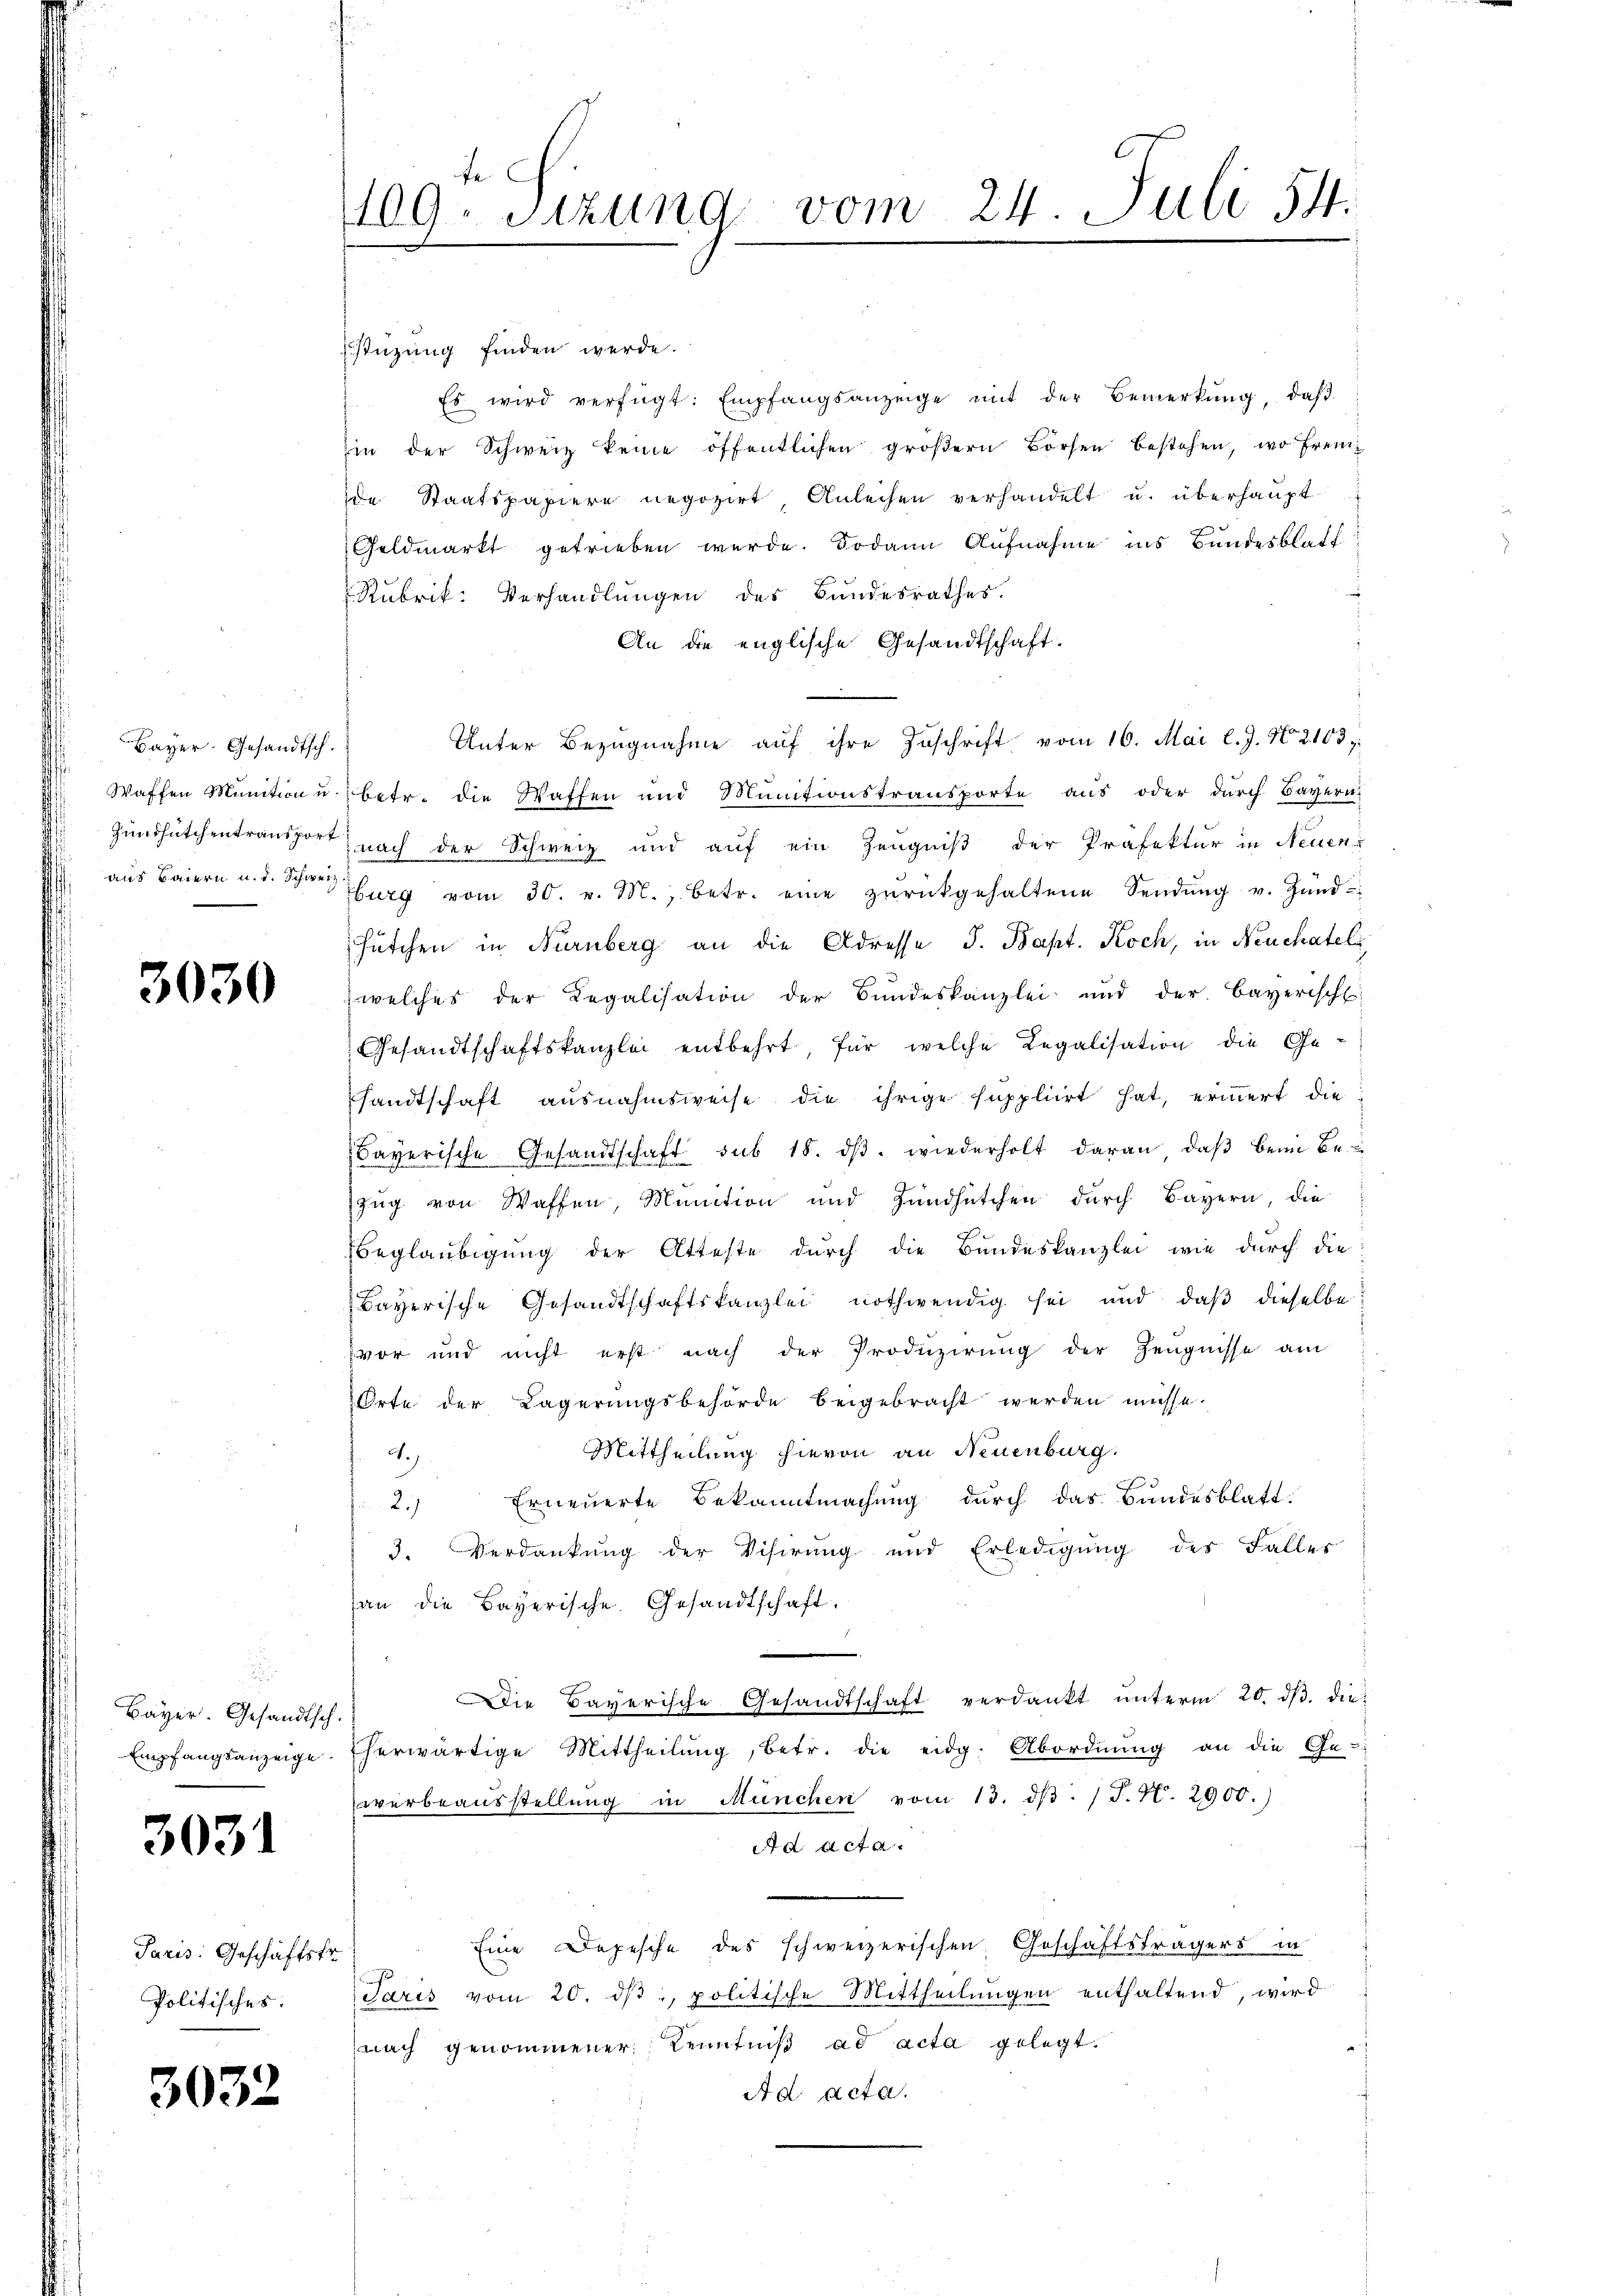
Bayer. Gesandtsch.
aus Baiern u. d. Schweiz.

3030

Bayer. Gesandtsch.

3031

Paris: Geschäftsfr.
Politisches:

3032

stüzung finden werde.
) Es wird verfügt: Empfangsanzeige mit der Bemerkŭng, daβ
in der Schweiz keine öffentlichen gröβern Börsen bestehen, wo Frem
de Staatspapiere negozirt, Anleihen verhandelt u. überhaupt
Geldmarkt getrieben werde. Sodann Aufnahme ins Bundesblatt
Rubrik. Verhandlungen des Bundesrathes.
An die englische Gesandtschaft.
Unter Bezugnahme auf ihre Zuschrift vom 16. Mai l. J. No. 2103.
Waffen Munition u. betr. die Waffen und Munitionstransporte aus oder dŭrch Bayern.
Zündhutchentraus nach der Schweiz und auf ein Zeugniß der Präfektur in Neuenburg vom 30. v. M., betr. eine zŭrückgehaltene Sendŭng v. Zŭnd-
Fütchen in Nürnberg an die Adresse J. Bapt. Koch, in Neuchateli
welches der Legalisation der Bundeskanzlei und der Bayerisch
Gesandtschaftskanzlei entbehrt, für welche Legalisation die Ge-
sandtschaft ausnahmsweise die ihrige suppliirt hat, erinnert die
Bayerische Gesandtschaft sub 18. dβ. wiederholt daran, daβ beim Be
zug von Waffen, Munition und Zündhütchen durch Bayern, die
Beglaubigung der Atteste durch die Bundeskanzlei wie durch die
Bayerische Gesandtschaftskanzlei nothwendig sei und daß dieselbe
vor und nicht erst nach der Produzirung der Zeugnisse am
Orte der Lagerŭngsbehörde beigebracht werden müsse.
Mittheilung hievon an Neuenburg.
4.)
c
Erneuerte Bekanntmachung durch das Bundesblatt
2.)
3. Verdankung der Visirung und Erledigŭng des Faller
an die Bayerische. Gesandtschaft.
Die Bayerische Gesandtschaft verdankt ŭnterm 20. dβ. die
Empfangsanzeige. Eherwärtige Mittheilŭng, betr. die eidg. Abordnŭng an die Ge-
werbeausstellŭng in München vom 13. dβ. / J. N. 2900.)
Ad acta.
Eine Depesche des schweizerischen Geschäftsträgers in
Paris vom 20. ds, politische Mittheilungen enthaltend, wird
nach genommener Kenntniß ad acta gelegt.
Ad Acta.

le
109. Sitzung vom 24. Juli 54.